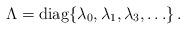
LaTeX: \begin{align*}\Lambda = \operatorname{diag} \{ \lambda_0 , \lambda_1 , \lambda_3 , \ldots \} \, .\end{align*}